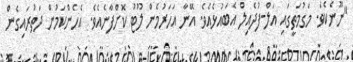
"ނޫނެކެވެ. މަގުމަތީގައި އަލް-ފުދެއިލް އެބައުޅެއެވެ. އޭނާ އަހަރުމެން ލޫޓު ކޮށްފާނެއެވެ. އެހެންކަމުން ދަތުރައިގެން